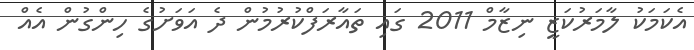
އެކަމަކު ލާމަރުކަޒީ ނިޒާމް 2011 ގައި ތައާރަފްކުރުމުން ދެ އަވަށުގެ ހިންގުން އެއް